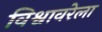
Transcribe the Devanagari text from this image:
विश्वावरेला